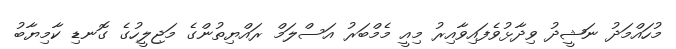
މުހައްމަދު ނަޝީދު ވިދާޅުވެފައިވާއިރު މިއީ މެމްބަރު އަސްލަމް ރައްޔިތުންގެ މަޖިލީހުގެ ގޮނޑި ކާމިޔާބު